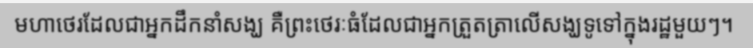
មហាថេរដែលជាអ្នកដឹកនាំសង្ឃ គឺព្រះថេរៈធំដែលជាអ្នកត្រួតត្រាលើសង្ឃទូទៅក្នុងរដ្ឋមួយៗ។